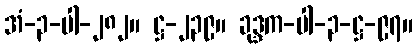
အံ-၃-ပါ-၂၈၂။ ဋ္ဌ-၂၃၉။ ခုဒ္ဒက-ပါ-၃-ဋ္ဌ-၉၇။